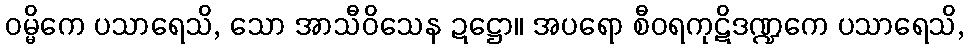
ဝမ္မိကေ ပသာရေသိ, သော အာသီဝိသေန ဍဋ္ဌော။ အပရော စီဝရကုဋိဒဏ္ဍကေ ပသာရေသိ,